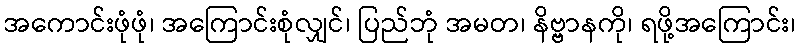
အကောင်းဖုံဖုံ၊ အကြောင်းစုံလျှင်၊ ပြည်ဘုံ အမတ၊ နိဗ္ဗာနကို၊ ရဖို့အကြောင်း၊